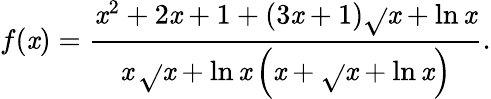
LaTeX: f(\mathit{x})={\frac{{\mathit{x}^{2}+2\mathit{x}+1+(3\mathit{x}+1){\sqrt{}{{\mathit{x}+\ln\mathit{x}}}}}}{{\mathit{x}\, {\sqrt{}{{\mathit{x}+\ln\mathit{x}}}}\left(\mathit{x}+{\sqrt{}{{\mathit{x}+\ln\mathit{x}}}}\right)}}}.